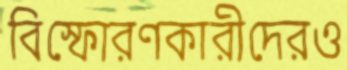
বিস্ফোরণকারীদেরও